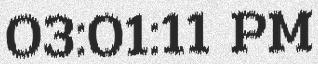
03:01:11 PM